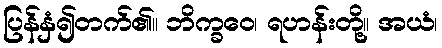
ပြန်နှံ၍တက်၏။ ဘိက္ခဝေ၊ ရဟန်းတို့။ အယံ၊